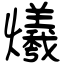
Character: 爔